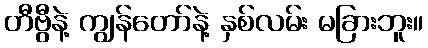
တီဗွီနဲ့ ကျွန်တော်နဲ့ နှစ်လမ်း မခြားဘူး။